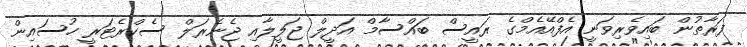
ފަރާތުން ބައިވެރިވަނީ އެފްއޭއެމްގެ ރައީސް ބައްސާމް އަދީލް ޖަލީލާއި ޖެނެރަލް ސެކްރެޓަރީ ހުސައިން